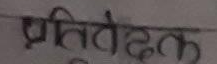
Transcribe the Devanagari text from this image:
प्रतिवेदक